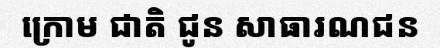
ក្រោម ជាតិ ជូន សាធារណជន